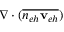
\nabla \cdot ( \overline { { n _ { e h } { \bf v } _ { e h } } } )